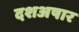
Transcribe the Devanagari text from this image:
दशअषार